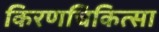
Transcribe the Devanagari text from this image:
किरणचिकित्सा